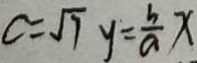
c = \sqrt { 7 } y = \frac { b } { a } x